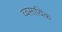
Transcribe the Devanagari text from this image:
व्वसायिक